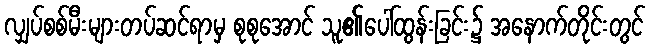
လျှပ်စစ်မီးများတပ်ဆင်ရာမှ စုစုအောင် သူ၏ပေါ်ထွန်းခြင်း၌ အနောက်တိုင်းတွင်